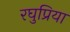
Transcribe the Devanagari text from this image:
रघुप्रिया